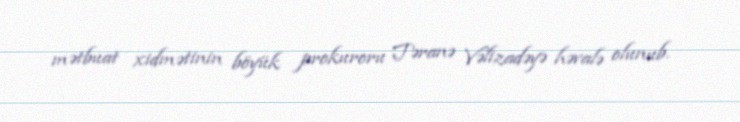
mətbuat xidmətinin böyük prokuroru Təranə Vəlizadəyə həvalə olunub.